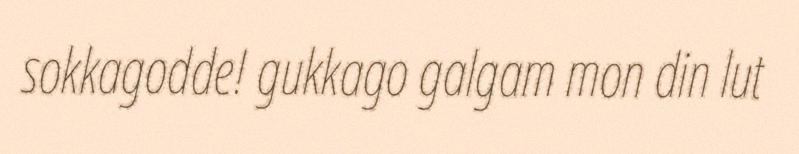
sokkagodde! gukkago galgam mon din lut